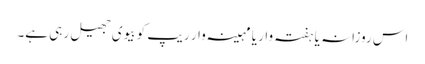
اس روزانہ یا ہفتہ وار یا مہینہ وار ریپ کو بیوی جھیل رہی ہے۔